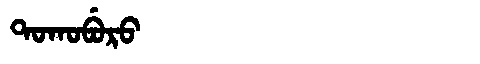
Manchu: ᡨᠣᡴᠣᠪᡠᡵᠣ
Romanization: TOKOBURO